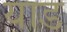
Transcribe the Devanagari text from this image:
याड